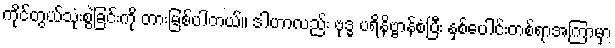
ကိုင်တွယ်သုံးစွဲခြင်းကို တားမြစ်ပါတယ်။ ဒါဟာလည်း ဗုဒ္ဓ ပရိနိဗ္ဗာန်စံပြီး နှစ်ပေါင်းတစ်ရာအကြာမှာ